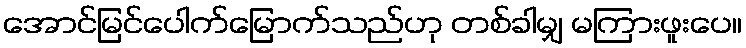
အောင်မြင်ပေါက်မြောက်သည်ဟု တစ်ခါမျှ မကြားဖူးပေ။